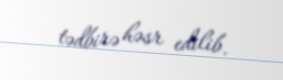
tədbirə həsr edilib.